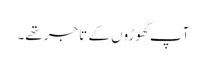
آپ گھوڑوں کے تاجر تھے۔